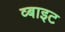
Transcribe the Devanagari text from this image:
व्बाइट